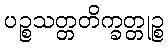
ပဉ္စသတ္တတိက္ခတ္တုဉ္စ